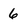
Character: 6